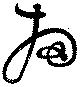
掃